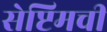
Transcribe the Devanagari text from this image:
सेप्टिमची